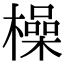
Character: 橾